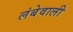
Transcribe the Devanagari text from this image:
लंबेवाली